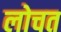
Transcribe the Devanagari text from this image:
लोचत